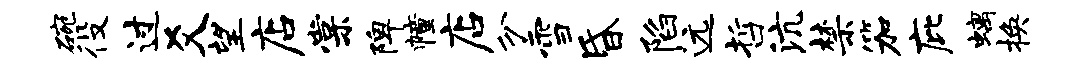
碗役过爻望店棠陴幢店分雪昏陷远哲沆禁笳庇螭换